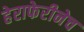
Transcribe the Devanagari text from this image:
हेराफेरीनेच